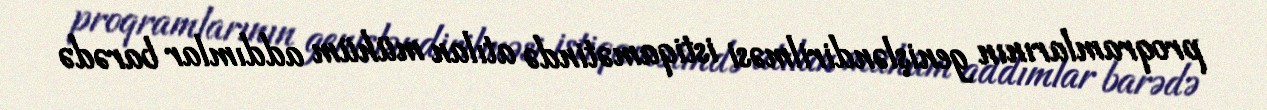
proqramlarının genişləndirilməsi istiqamətində atılan mühüm addımlar barədə